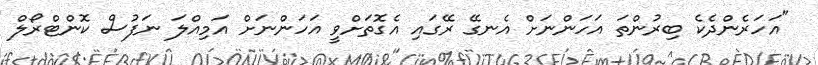
"އަހަރެންދެކެ ބިރުންތަ އަހަންނަށް އެނގޭ ރޭގައި އެގޮތަށްވީ އަހަންނަށް އަމިއްލަ ނަފުސް ކޮންޓްރޯލް